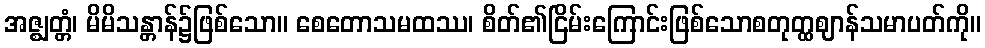
အဇ္ဈတ္တံ၊ မိမိသန္တာန်၌ဖြစ်သော။ စေတောသမထဿ၊ စိတ်၏ငြိမ်းကြောင်းဖြစ်သောစတုတ္ထဈာန်သမာပတ်ကို။